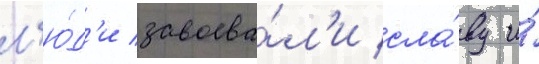
л'ю́д'и завоева́л'и сла́ву и́